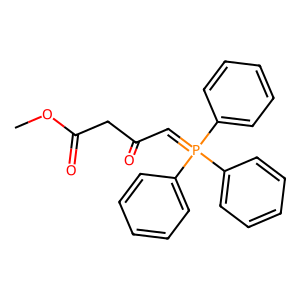
SMILES: COC(=O)CC(=O)C=P(c1ccccc1)(c1ccccc1)c1ccccc1
Inhibits HIV replication: No